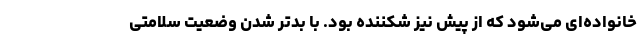
خانواده‌ای می‌شود که از پیش نیز شکننده بود. با بدتر شدن وضعیت سلامتی